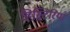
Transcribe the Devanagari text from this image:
हिस्टिरिया